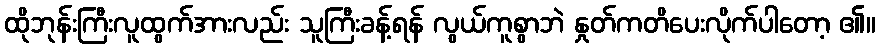
ထိုဘုန်းကြီးလူထွက်အားလည်း သူကြီးခန့်ရန် လွယ်ကူစွာဘဲ နှုတ်ကတိပေးလိုက်ပါတော့ ၏။